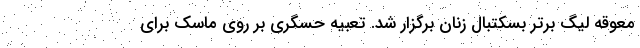
معوقه لیگ برتر بسکتبال زنان برگزار شد. تعبیه حسگری بر روی ماسک برای